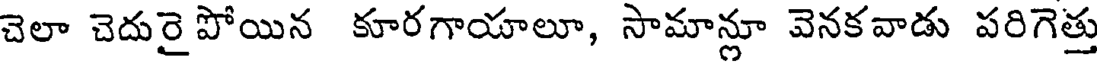
చెలా చెదురై పోయిన కూరగాయాలూ, సామాన్లూ వెనకవాడు పరిగెత్తు